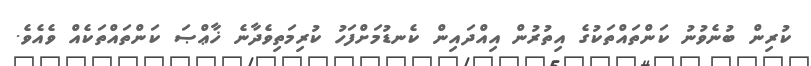
ކުރިން ބުނެވުނު ކަންތައްތަކުގެ އިތުރުން އިއްދައިން ކެނޑުމަށްފަހު ކުރިމަތިވެދާނެ ޚާޢްޞަ ކަންތައްތަކެއް ވެއެވެ.